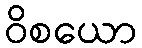
ဝိစယော